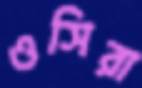
ওসিরা